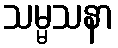
သမ္မသနာ